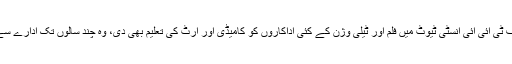
کندن شاہ نے پونے کے ایف ٹی آئی آئی انسٹی ٹیوٹ میں فلم اور ٹیلی وژن کے کئی اداکاروں کو کامیڈی اور آرٹ کی تعلیم بھی دی، وہ چند سالوں تک ادارے سے بطور استاد وابستہ رہے۔